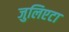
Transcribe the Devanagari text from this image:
जुलिएटा